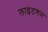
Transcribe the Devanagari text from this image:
लाइटगन